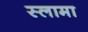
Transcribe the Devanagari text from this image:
स्लामा